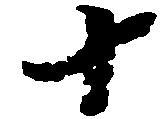
十